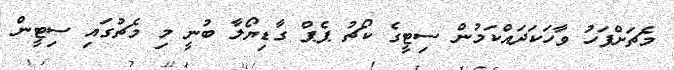
މެޗަށްފަހު ވާހަކަދައްކަމުން ސިޓީގެ ކޯޗު ޕެޕް ގާޑިޔޯލާ ބުނީ މި މެޗުގައި ސިޓީން